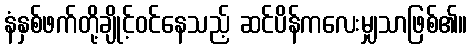
နံနှစ်ဖက်တို့ချိုင့်ဝင်နေသည့် ဆင်ပိန်ကလေးမျှသာဖြစ်၏။